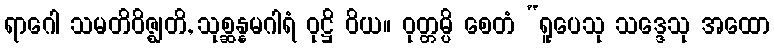
ရာဂေါ သမတိဝိဇ္ဈတိ, သုစ္ဆန္နမဂါရံ ဝုဋ္ဌိ ဝိယ။ ဝုတ္တမ္ပိ စေတံ “ရူပေသု သဒ္ဒေသု အထော